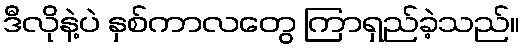
ဒီလိုနဲ့ပဲ နှစ်ကာလတွေ ကြာရှည်ခဲ့သည်။